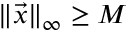
\| { \vec { x } } \| _ { \infty } \geq M